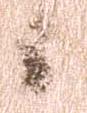
候